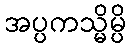
အပ္ပကသ္မိမ္ပိ